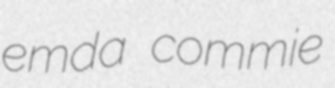
emda commie